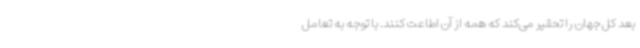
بعد کل جهان را تحقیر می‌کند که همه از آن اطاعت کنند. با توجه به تعامل